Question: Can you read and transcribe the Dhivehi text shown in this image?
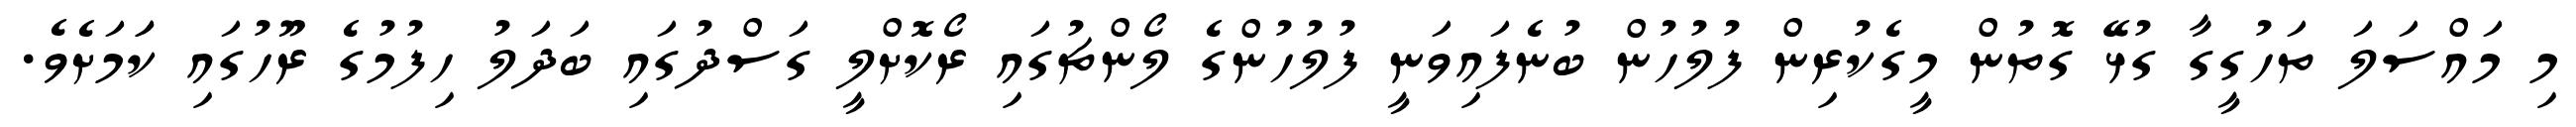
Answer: މި މައްސަލަ ތަހުގީގާ ގުޅޭ ގޮތުން މީގެކުރިން ފުލުހުން ބުނެފައިވަނީ ފުލުހުންގެ ލޯންޗުގައި ރޯކޮށްލީ ގަސްދުގައި ބަދަލު ހިފުމުގެ ރޫހުގައި ކަަމަށެވެ.